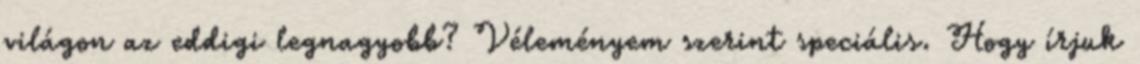
világon az eddigi legnagyobb? Véleményem szerint speciális. Hogy írjuk